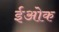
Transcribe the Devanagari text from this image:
ईओक